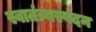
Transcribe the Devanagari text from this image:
स्वातंत्र्यस्पंदन